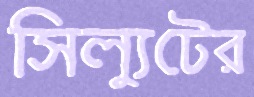
সিল্যুটের